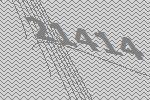
21414